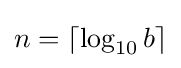
n=\lceil {\log _{10}b}\rceil